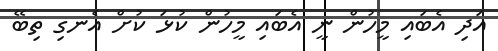
އަދި އެބައި މީހުން ނީ އެބައި މީހުން ކުޅަ ކުށް އެނގި ތިބޭ